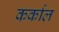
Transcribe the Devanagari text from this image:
कर्काल